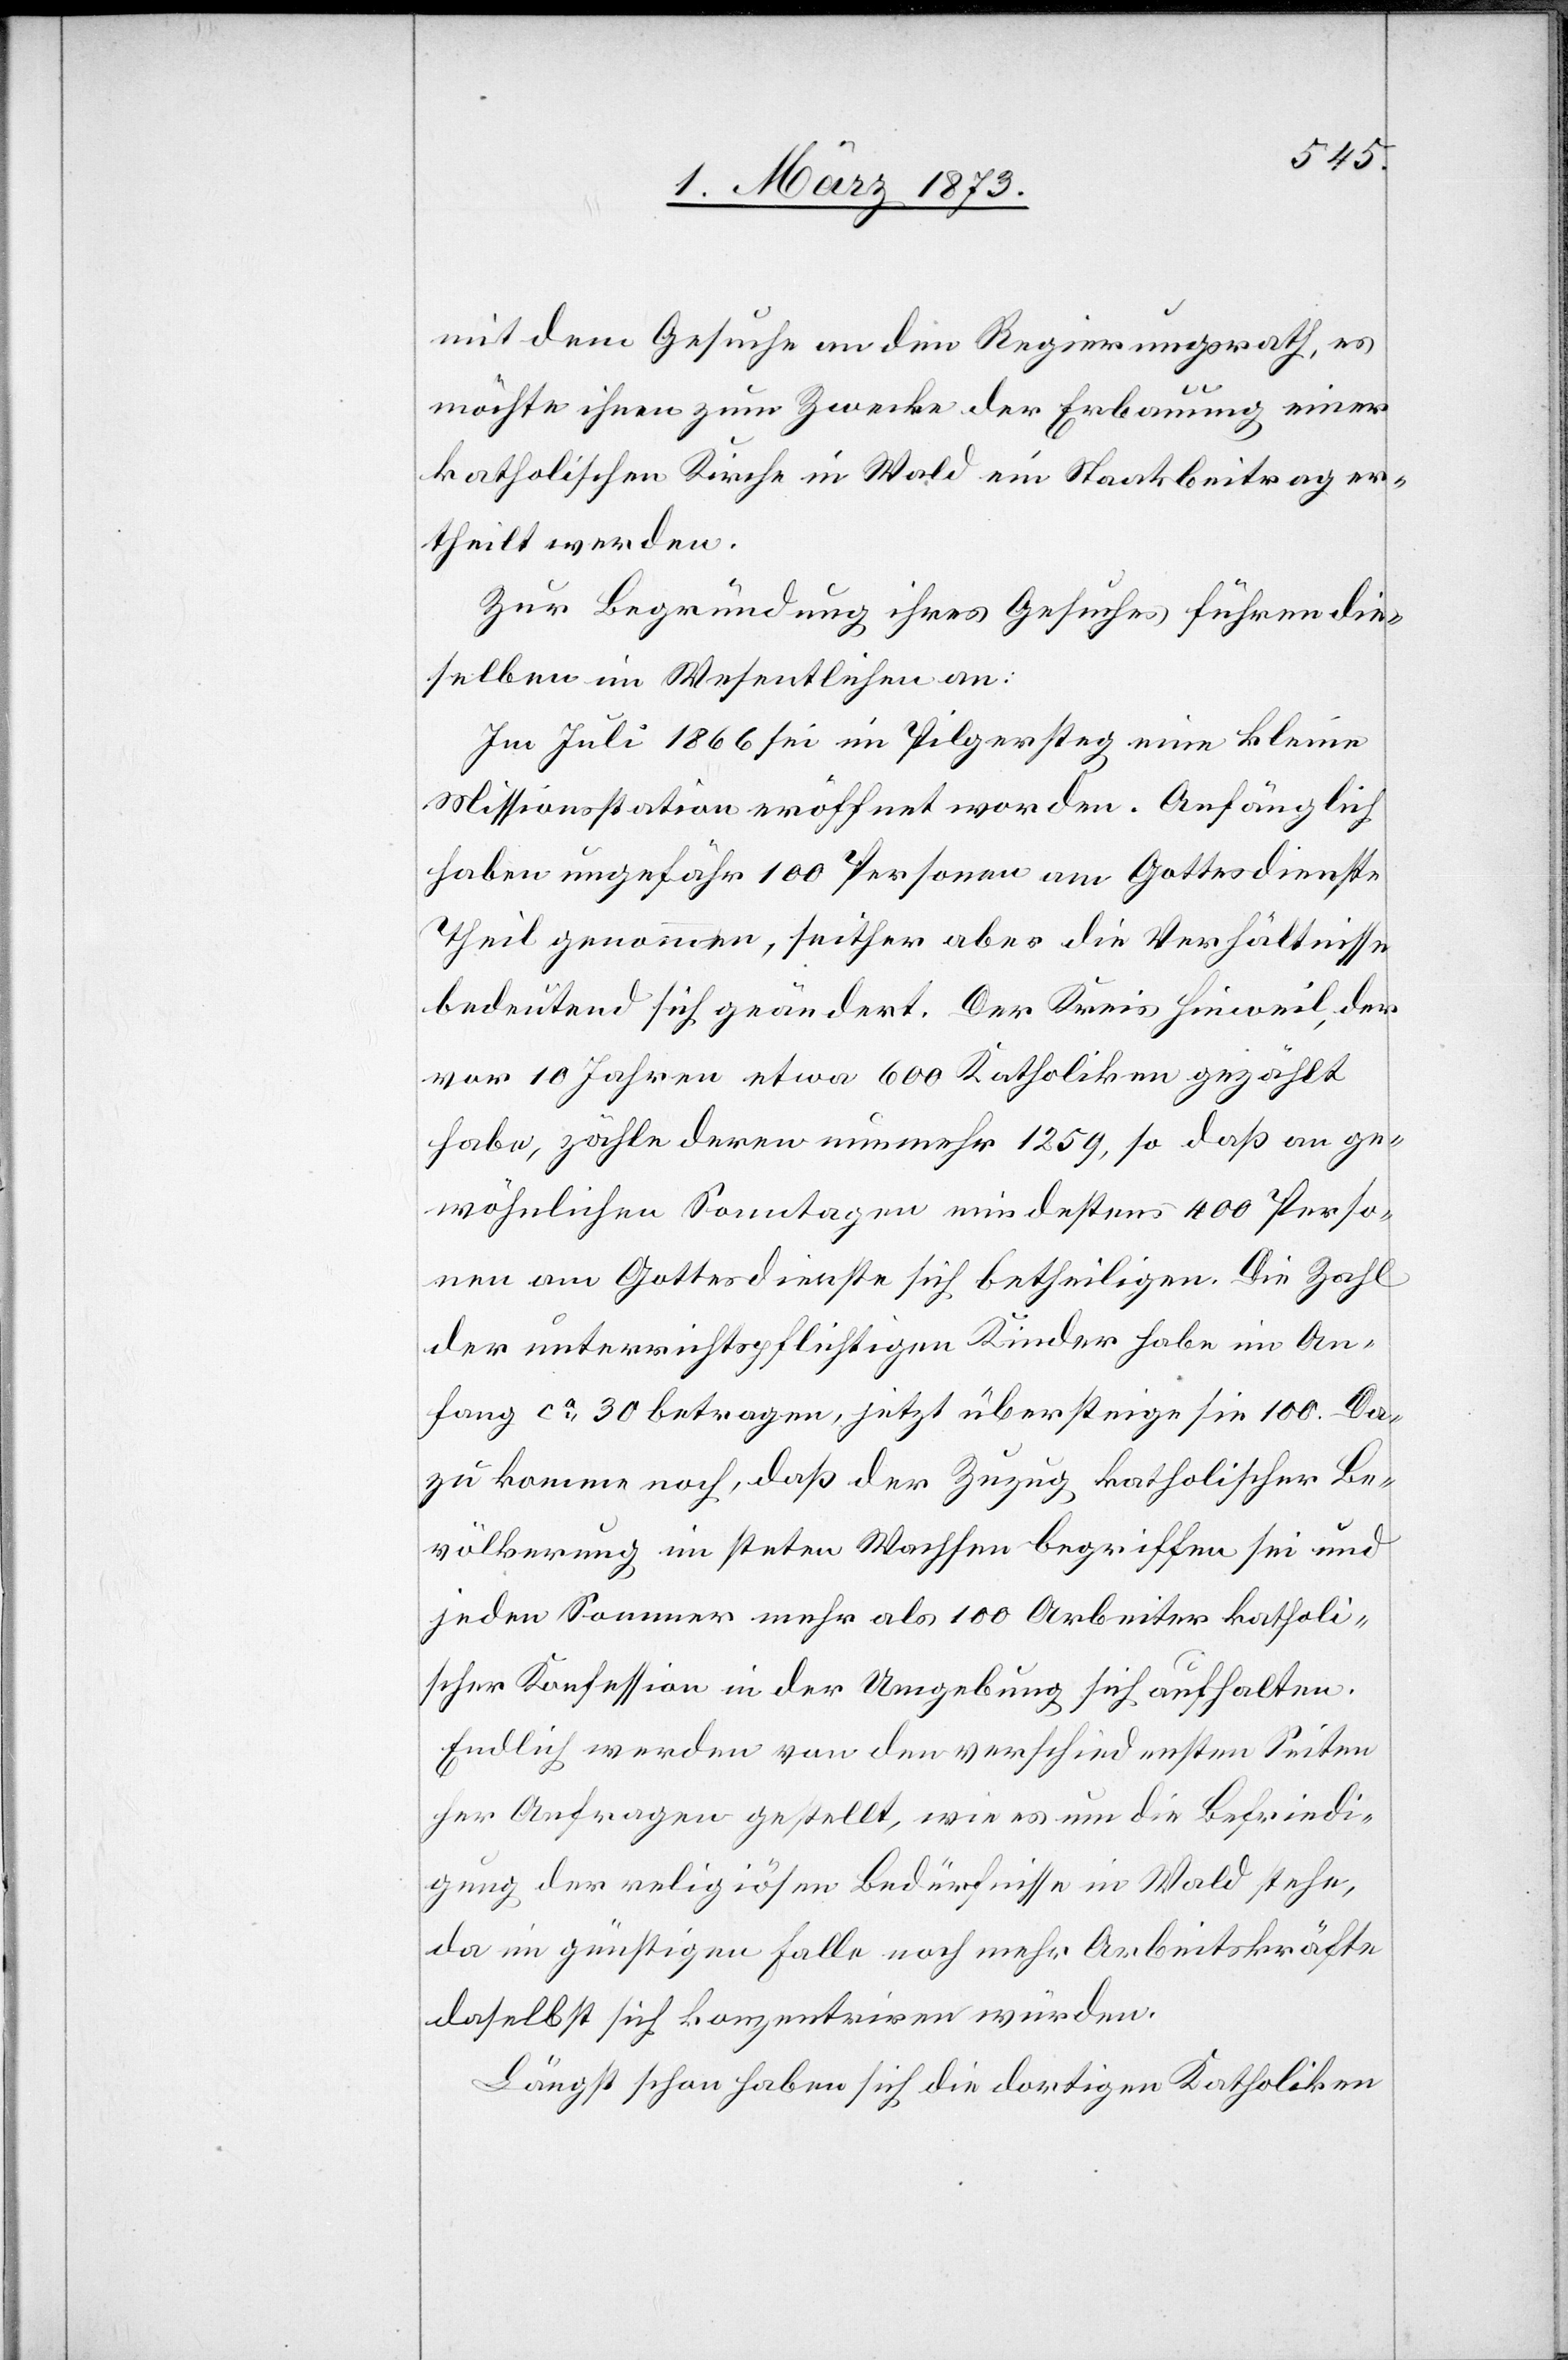
mit dem Gesuche an den Regierungsrath, es
möchte ihnen zum Zwecke der Erbauung einer
katholischen Kirche in Wald ein Staatsbeitrag er¬
theilt werden.
Zur Begründung ihres Gesuches führen die¬
selben im Wesentlichen an:
Im Juli 1866 sei im Pilgersteg eine kleine
Missionsstation eröffnet worden. Anfänglich
haben ungefähr 100 Personen am Gottesdienste
Theil genommen, seither aber die Verhältnisse
bedeutend sich geändert. Der Kreis Hinweil, der
vor 10 Jahren etwa 600 Katholiken gezählt
habe, zähle deren nunmehr 1259, so daß an ge¬
wöhnlichen Sonntagen mindestens 400 Perso¬
nen am Gottesdienste sich betheiligen. Die Zahl
der unterrichtspflichtigen Kinder habe im An¬
fang ca 30 betragen, jetzt übersteige sie 100. Da¬
zu komme noch, daß der Zuzug katholischer Be¬
völkerung im steten Wachsen begriffen sei und
jeden Sommer mehr als 100 Arbeiter katholi¬
scher Konfession in der Umgebung sich aufhalten.
Endlich werden von den verschiedensten Seiten
her Anfragen gestellt, wie es um die Befriedi¬
gung der religioösen Bedürfnisse in Wald stehe,
da im günstigen Falle noch mehr Arbeitskräfte
daselbst sich konzentriren würden.
Längst schon haben sich die dortigen Katholiken